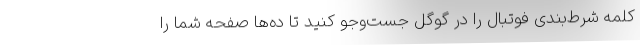
کلمه شرط‌بندی فوتبال را در گوگل جست‌وجو کنید تا ده‌ها صفحه شما را